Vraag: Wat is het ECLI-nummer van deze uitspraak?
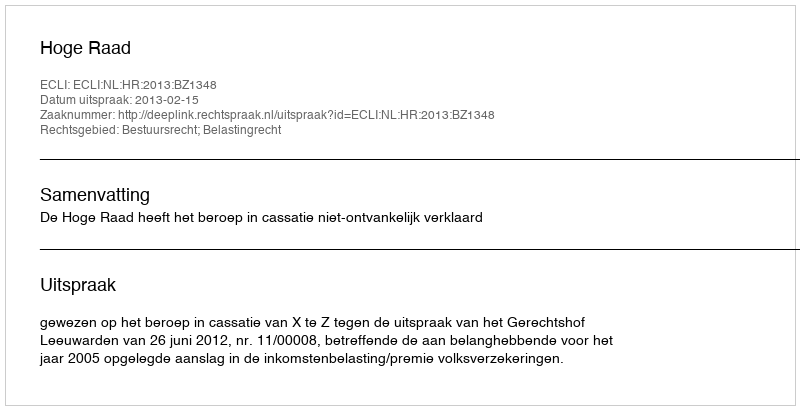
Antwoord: ECLI:NL:HR:2013:BZ1348